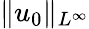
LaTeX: \| u_{0}\| _{L^{\infty}}